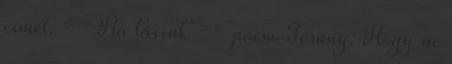
címét. == Na lássuk == poem Torony: Hogy ne